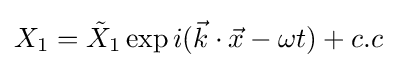
X_{1}={\tilde {X}}_{1}\exp i({\vec {k}}\cdot {\vec {x}}-\omega t)+c.c